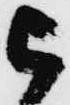
被